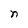
Character: n